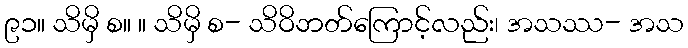
၉၁။ သိမှိ စ။ ။ သိမှိ စ- သိဝိဘတ်ကြောင့်လည်း၊ အသဿ- အသ